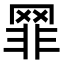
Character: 𦋛